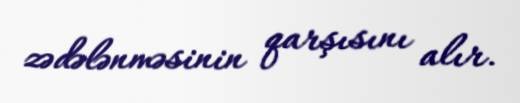
zədələnməsinin qarşısını alır.